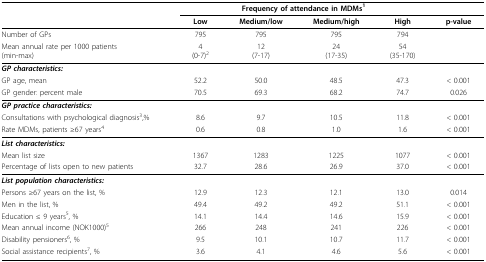
<table><thead><tr><td></td><td colspan="4"><b>Frequency of attendance in MDMs<sup>1</sup></b></td><td></td></tr><tr><td></td><td><b>Low</b></td><td><b>Medium/low</b></td><td><b>Medium/high</b></td><td><b>High</b></td><td><b>p-value</b></td></tr></thead><tbody><tr><td>Number of GPs</td><td>795</td><td>795</td><td>795</td><td>794</td><td></td></tr><tr><td>Mean annual rate per 1000 patients(min-max)</td><td>4(0-7)<sup>2</sup></td><td>12(7-17)</td><td>24(17-35)</td><td>54(35-170)</td><td></td></tr><tr><td><i><b>GP characteristics:</b></i></td><td></td><td></td><td></td><td></td><td></td></tr><tr><td>GP age, mean</td><td>52.2</td><td>50.0</td><td>48.5</td><td>47.3</td><td>&lt; 0.001</td></tr><tr><td>GP gender: percent male</td><td>70.5</td><td>69.3</td><td>68.2</td><td>74.7</td><td>0.026</td></tr><tr><td><i><b>GP practice characteristics:</b></i></td><td></td><td></td><td></td><td></td><td></td></tr><tr><td>Consultations with psychological diagnosis<sup>3</sup>,%</td><td>8.6</td><td>9.7</td><td>10.5</td><td>11.8</td><td>&lt; 0.001</td></tr><tr><td>Rate MDMs, patients ≥67 years<sup>4</sup></td><td>0.6</td><td>0.8</td><td>1.0</td><td>1.6</td><td>&lt; 0.001</td></tr><tr><td><i><b>List characteristics:</b></i></td><td></td><td></td><td></td><td></td><td></td></tr><tr><td>Mean list size</td><td>1367</td><td>1283</td><td>1225</td><td>1077</td><td>&lt; 0.001</td></tr><tr><td>Percentage of lists open to new patients</td><td>32.7</td><td>28.6</td><td>26.9</td><td>37.0</td><td>&lt; 0.001</td></tr><tr><td><i><b>List population characteristics:</b></i></td><td></td><td></td><td></td><td></td><td></td></tr><tr><td>Persons ≥67 years on the list, %</td><td>12.9</td><td>12.3</td><td>12.1</td><td>13.0</td><td>0.014</td></tr><tr><td>Men in the list, %</td><td>49.4</td><td>49.2</td><td>49.2</td><td>51.1</td><td>&lt; 0.001</td></tr><tr><td>Education ≤ 9 years<sup>5</sup>, %</td><td>14.1</td><td>14.4</td><td>14.6</td><td>15.9</td><td>&lt; 0.001</td></tr><tr><td>Mean annual income (NOK1000)<sup>5</sup></td><td>266</td><td>248</td><td>241</td><td>226</td><td>&lt; 0.001</td></tr><tr><td>Disability pensioners<sup>6</sup>, %</td><td>9.5</td><td>10.1</td><td>10.7</td><td>11.7</td><td>&lt; 0.001</td></tr><tr><td>Social assistance recipients<sup>7</sup>, %</td><td>3.6</td><td>4.1</td><td>4.6</td><td>5.6</td><td>&lt; 0.001</td></tr></tbody></table>